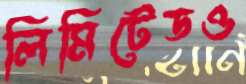
লিমিটেডও